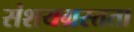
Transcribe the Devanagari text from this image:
संशयग्रस्तता